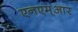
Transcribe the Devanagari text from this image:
एनएम्आर